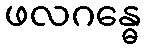
ဖလဂန္ဓေ